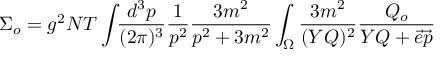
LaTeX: \Sigma _ { o } = g ^ { 2 } N T \int \! \! { \frac { d ^ { 3 } p } { ( 2 \pi ) ^ { 3 } } } { \frac { 1 } { p ^ { 2 } } } { \frac { 3 m ^ { 2 } } { p ^ { 2 } + 3 m ^ { 2 } } } \int _ { \Omega } { \frac { 3 m ^ { 2 } } { ( Y Q ) ^ { 2 } } } { \frac { Q _ { o } } { Y Q + \vec { e } \vec { p } } }